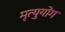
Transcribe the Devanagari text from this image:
मृत्युयोग